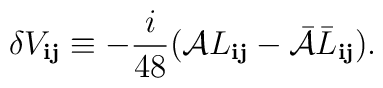
\delta V_{{\mathbf i}{\mathbf j}} \equiv  -\frac{i}{48}({\cal A}L_{{\mathbf i}{\mathbf j}}-{\bar  {\cal A}} \bar L_{{\mathbf i}{\mathbf j}}).